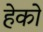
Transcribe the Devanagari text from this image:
हेको